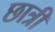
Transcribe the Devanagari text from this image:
छात्री